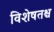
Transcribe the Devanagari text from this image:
विशेषतश्च